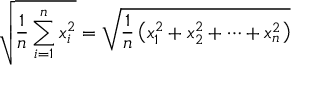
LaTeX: { \sqrt { { \frac { 1 } { n } } \sum _ { i = 1 } ^ { n } x _ { i } ^ { 2 } } } = { \sqrt { { \frac { 1 } { n } } \left( x _ { 1 } ^ { 2 } + x _ { 2 } ^ { 2 } + \cdots + x _ { n } ^ { 2 } \right) } }